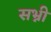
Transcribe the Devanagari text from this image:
सभ्नी